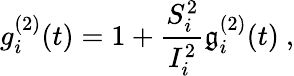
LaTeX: g_{i}^{(2)}(t)=1+\frac{S_{i}^{2}}{I_{i}^{2}}\mathfrak{g}_{i}^{(2)}(t)\ ,